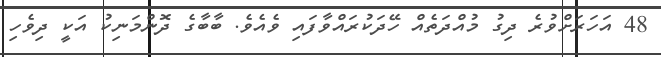
48 އަހަރަށްވުރެ ދިގު މުއްދަތެއް ހޭދަކުރައްވާފައި ވެއެވެ. ބާބާގެ ދޮންމަނިކު އަކީ ދިވެހި